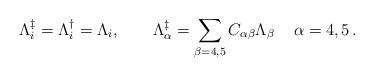
LaTeX: \begin{align*}\Lambda_i^{\ddagger} = \Lambda_i^{\dagger} = \Lambda_i,\quad \quad\Lambda_\alpha ^{\ddagger} = \sum_{\beta = 4,5}C_{\alpha \beta} \Lambda_\beta \, \quad \alpha = 4,5 \,.\end{align*}